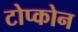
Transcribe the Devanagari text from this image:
टोप्कोन